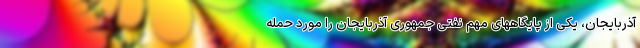
آذربایجان، یکی از پایگاههای مهم نفتی جمهوری آذربایجان را مورد حمله